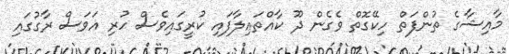
މާއިޝާގެ ތުންފަތް ހިކޭގޮތް ވެގެން ދޫ ކާއްތައިލާފައި ކުރީގައިވެސް ހުރި އަވަސް ރާގުގައި